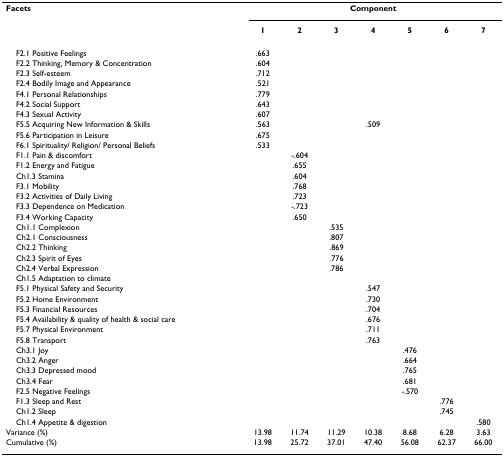
<table><thead><tr><td><b>Facets</b></td><td colspan="7"><b>Component</b></td></tr><tr><td>[EMPTY_CELL]</td><td><b>1</b></td><td><b>2</b></td><td><b>3</b></td><td><b>4</b></td><td><b>5</b></td><td><b>6</b></td><td><b>7</b></td></tr></thead><tbody><tr><td> F2.1 Positive Feelings</td><td>.663</td><td>[EMPTY_CELL]</td><td>[EMPTY_CELL]</td><td>[EMPTY_CELL]</td><td>[EMPTY_CELL]</td><td>[EMPTY_CELL]</td><td>[EMPTY_CELL]</td></tr><tr><td> F2.2 Thinking, Memory &amp; Concentration</td><td>.604</td><td>[EMPTY_CELL]</td><td>[EMPTY_CELL]</td><td>[EMPTY_CELL]</td><td>[EMPTY_CELL]</td><td>[EMPTY_CELL]</td><td>[EMPTY_CELL]</td></tr><tr><td> F2.3 Self-esteem</td><td>.712</td><td>[EMPTY_CELL]</td><td>[EMPTY_CELL]</td><td>[EMPTY_CELL]</td><td>[EMPTY_CELL]</td><td>[EMPTY_CELL]</td><td>[EMPTY_CELL]</td></tr><tr><td> F2.4 Bodily Image and Appearance</td><td>.521</td><td>[EMPTY_CELL]</td><td>[EMPTY_CELL]</td><td>[EMPTY_CELL]</td><td>[EMPTY_CELL]</td><td>[EMPTY_CELL]</td><td>[EMPTY_CELL]</td></tr><tr><td> F4.1 Personal Relationships</td><td>.779</td><td>[EMPTY_CELL]</td><td>[EMPTY_CELL]</td><td>[EMPTY_CELL]</td><td>[EMPTY_CELL]</td><td>[EMPTY_CELL]</td><td>[EMPTY_CELL]</td></tr><tr><td> F4.2 Social Support</td><td>.643</td><td>[EMPTY_CELL]</td><td>[EMPTY_CELL]</td><td>[EMPTY_CELL]</td><td>[EMPTY_CELL]</td><td>[EMPTY_CELL]</td><td>[EMPTY_CELL]</td></tr><tr><td> F4.3 Sexual Activity</td><td>.607</td><td>[EMPTY_CELL]</td><td>[EMPTY_CELL]</td><td>[EMPTY_CELL]</td><td>[EMPTY_CELL]</td><td>[EMPTY_CELL]</td><td>[EMPTY_CELL]</td></tr><tr><td> F5.5 Acquiring New Information &amp; Skills</td><td>.563</td><td>[EMPTY_CELL]</td><td>[EMPTY_CELL]</td><td>.509</td><td>[EMPTY_CELL]</td><td>[EMPTY_CELL]</td><td>[EMPTY_CELL]</td></tr><tr><td> F5.6 Participation in Leisure</td><td>.675</td><td>[EMPTY_CELL]</td><td>[EMPTY_CELL]</td><td>[EMPTY_CELL]</td><td>[EMPTY_CELL]</td><td>[EMPTY_CELL]</td><td>[EMPTY_CELL]</td></tr><tr><td> F6.1 Spirituality/ Religion/ Personal Beliefs</td><td>.533</td><td>[EMPTY_CELL]</td><td>[EMPTY_CELL]</td><td>[EMPTY_CELL]</td><td>[EMPTY_CELL]</td><td>[EMPTY_CELL]</td><td>[EMPTY_CELL]</td></tr><tr><td> F1.1 Pain &amp; discomfort</td><td>[EMPTY_CELL]</td><td>-.604</td><td>[EMPTY_CELL]</td><td>[EMPTY_CELL]</td><td>[EMPTY_CELL]</td><td>[EMPTY_CELL]</td><td>[EMPTY_CELL]</td></tr><tr><td> F1.2 Energy and Fatigue</td><td>[EMPTY_CELL]</td><td>.655</td><td>[EMPTY_CELL]</td><td>[EMPTY_CELL]</td><td>[EMPTY_CELL]</td><td>[EMPTY_CELL]</td><td>[EMPTY_CELL]</td></tr><tr><td> Ch1.3 Stamina</td><td>[EMPTY_CELL]</td><td>.604</td><td>[EMPTY_CELL]</td><td>[EMPTY_CELL]</td><td>[EMPTY_CELL]</td><td>[EMPTY_CELL]</td><td>[EMPTY_CELL]</td></tr><tr><td> F3.1 Mobility</td><td>[EMPTY_CELL]</td><td>.768</td><td>[EMPTY_CELL]</td><td>[EMPTY_CELL]</td><td>[EMPTY_CELL]</td><td>[EMPTY_CELL]</td><td>[EMPTY_CELL]</td></tr><tr><td> F3.2 Activities of Daily Living</td><td>[EMPTY_CELL]</td><td>.723</td><td>[EMPTY_CELL]</td><td>[EMPTY_CELL]</td><td>[EMPTY_CELL]</td><td>[EMPTY_CELL]</td><td>[EMPTY_CELL]</td></tr><tr><td> F3.3 Dependence on Medication</td><td>[EMPTY_CELL]</td><td>-.723</td><td>[EMPTY_CELL]</td><td>[EMPTY_CELL]</td><td>[EMPTY_CELL]</td><td>[EMPTY_CELL]</td><td>[EMPTY_CELL]</td></tr><tr><td> F3.4 Working Capacity</td><td>[EMPTY_CELL]</td><td>.650</td><td>[EMPTY_CELL]</td><td>[EMPTY_CELL]</td><td>[EMPTY_CELL]</td><td>[EMPTY_CELL]</td><td>[EMPTY_CELL]</td></tr><tr><td> Ch1.1 Complexion</td><td>[EMPTY_CELL]</td><td>[EMPTY_CELL]</td><td>.535</td><td>[EMPTY_CELL]</td><td>[EMPTY_CELL]</td><td>[EMPTY_CELL]</td><td>[EMPTY_CELL]</td></tr><tr><td> Ch2.1 Consciousness</td><td>[EMPTY_CELL]</td><td>[EMPTY_CELL]</td><td>.807</td><td>[EMPTY_CELL]</td><td>[EMPTY_CELL]</td><td>[EMPTY_CELL]</td><td>[EMPTY_CELL]</td></tr><tr><td> Ch2.2 Thinking</td><td>[EMPTY_CELL]</td><td>[EMPTY_CELL]</td><td>.869</td><td>[EMPTY_CELL]</td><td>[EMPTY_CELL]</td><td>[EMPTY_CELL]</td><td>[EMPTY_CELL]</td></tr><tr><td> Ch2.3 Spirit of Eyes</td><td>[EMPTY_CELL]</td><td>[EMPTY_CELL]</td><td>.776</td><td>[EMPTY_CELL]</td><td>[EMPTY_CELL]</td><td>[EMPTY_CELL]</td><td>[EMPTY_CELL]</td></tr><tr><td> Ch2.4 Verbal Expression</td><td>[EMPTY_CELL]</td><td>[EMPTY_CELL]</td><td>.786</td><td>[EMPTY_CELL]</td><td>[EMPTY_CELL]</td><td>[EMPTY_CELL]</td><td>[EMPTY_CELL]</td></tr><tr><td> Ch1.5 Adaptation to climate</td><td>[EMPTY_CELL]</td><td>[EMPTY_CELL]</td><td>[EMPTY_CELL]</td><td>[EMPTY_CELL]</td><td>[EMPTY_CELL]</td><td>[EMPTY_CELL]</td><td>[EMPTY_CELL]</td></tr><tr><td> F5.1 Physical Safety and Security</td><td>[EMPTY_CELL]</td><td>[EMPTY_CELL]</td><td>[EMPTY_CELL]</td><td>.547</td><td>[EMPTY_CELL]</td><td>[EMPTY_CELL]</td><td>[EMPTY_CELL]</td></tr><tr><td> F5.2 Home Environment</td><td>[EMPTY_CELL]</td><td>[EMPTY_CELL]</td><td>[EMPTY_CELL]</td><td>.730</td><td>[EMPTY_CELL]</td><td>[EMPTY_CELL]</td><td>[EMPTY_CELL]</td></tr><tr><td> F5.3 Financial Resources</td><td>[EMPTY_CELL]</td><td>[EMPTY_CELL]</td><td>[EMPTY_CELL]</td><td>.704</td><td>[EMPTY_CELL]</td><td>[EMPTY_CELL]</td><td>[EMPTY_CELL]</td></tr><tr><td> F5.4 Availability &amp; quality of health &amp; social care</td><td>[EMPTY_CELL]</td><td>[EMPTY_CELL]</td><td>[EMPTY_CELL]</td><td>.676</td><td>[EMPTY_CELL]</td><td>[EMPTY_CELL]</td><td>[EMPTY_CELL]</td></tr><tr><td> F5.7 Physical Environment</td><td>[EMPTY_CELL]</td><td>[EMPTY_CELL]</td><td>[EMPTY_CELL]</td><td>.711</td><td>[EMPTY_CELL]</td><td>[EMPTY_CELL]</td><td>[EMPTY_CELL]</td></tr><tr><td> F5.8 Transport</td><td>[EMPTY_CELL]</td><td>[EMPTY_CELL]</td><td>[EMPTY_CELL]</td><td>.763</td><td>[EMPTY_CELL]</td><td>[EMPTY_CELL]</td><td>[EMPTY_CELL]</td></tr><tr><td> Ch3.1 Joy</td><td>[EMPTY_CELL]</td><td>[EMPTY_CELL]</td><td>[EMPTY_CELL]</td><td>[EMPTY_CELL]</td><td>.476</td><td>[EMPTY_CELL]</td><td>[EMPTY_CELL]</td></tr><tr><td> Ch3.2 Anger</td><td>[EMPTY_CELL]</td><td>[EMPTY_CELL]</td><td>[EMPTY_CELL]</td><td>[EMPTY_CELL]</td><td>.664</td><td>[EMPTY_CELL]</td><td>[EMPTY_CELL]</td></tr><tr><td> Ch3.3 Depressed mood</td><td>[EMPTY_CELL]</td><td>[EMPTY_CELL]</td><td>[EMPTY_CELL]</td><td>[EMPTY_CELL]</td><td>.765</td><td>[EMPTY_CELL]</td><td>[EMPTY_CELL]</td></tr><tr><td> Ch3.4 Fear</td><td>[EMPTY_CELL]</td><td>[EMPTY_CELL]</td><td>[EMPTY_CELL]</td><td>[EMPTY_CELL]</td><td>.681</td><td>[EMPTY_CELL]</td><td>[EMPTY_CELL]</td></tr><tr><td> F2.5 Negative Feelings</td><td>[EMPTY_CELL]</td><td>[EMPTY_CELL]</td><td>[EMPTY_CELL]</td><td>[EMPTY_CELL]</td><td>-.570</td><td>[EMPTY_CELL]</td><td>[EMPTY_CELL]</td></tr><tr><td> F1.3 Sleep and Rest</td><td>[EMPTY_CELL]</td><td>[EMPTY_CELL]</td><td>[EMPTY_CELL]</td><td>[EMPTY_CELL]</td><td>[EMPTY_CELL]</td><td>.776</td><td>[EMPTY_CELL]</td></tr><tr><td> Ch1.2 Sleep</td><td>[EMPTY_CELL]</td><td>[EMPTY_CELL]</td><td>[EMPTY_CELL]</td><td>[EMPTY_CELL]</td><td>[EMPTY_CELL]</td><td>.745</td><td>[EMPTY_CELL]</td></tr><tr><td> Ch1.4 Appetite &amp; digestion</td><td>[EMPTY_CELL]</td><td>[EMPTY_CELL]</td><td>[EMPTY_CELL]</td><td>[EMPTY_CELL]</td><td>[EMPTY_CELL]</td><td>[EMPTY_CELL]</td><td>.580</td></tr><tr><td>Variance (%)</td><td>13.98</td><td>11.74</td><td>11.29</td><td>10.38</td><td>8.68</td><td>6.28</td><td>3.63</td></tr><tr><td>Cumulative (%)</td><td>13.98</td><td>25.72</td><td>37.01</td><td>47.40</td><td>56.08</td><td>62.37</td><td>66.00</td></tr></tbody></table>